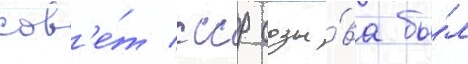
сов'е́т ссср созы́ва бы́л